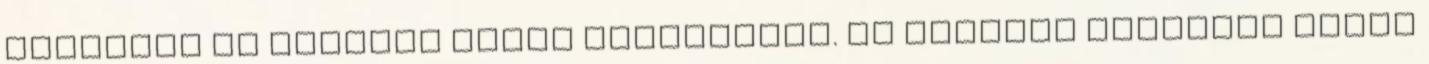
magyarok ki akarnak válni Romániából. Az immáron egyesült tömeg